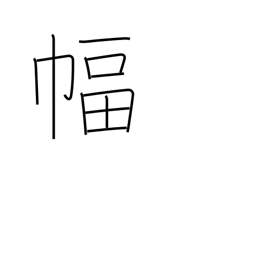
Meaning: hanging scroll